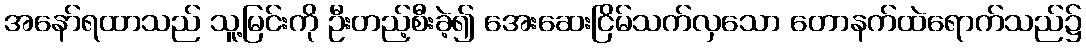
အနော်ရထာသည် သူ့မြင်းကို ဦးတည့်စီးခဲ့၍ အေးဆေးငြိမ်သက်လှသော တောနက်ထဲရောက်သည်၌